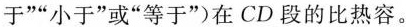
于””小于”或”等于”在CD段的比热容。